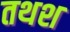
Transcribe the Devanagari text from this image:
तथश